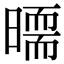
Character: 𣊵